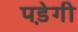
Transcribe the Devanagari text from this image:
पडे़गी